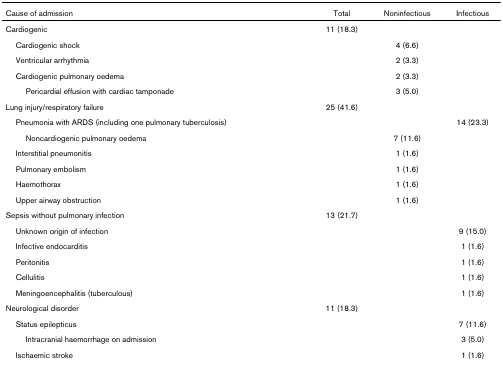
<table><thead><tr><td><b>Cause of admission</b></td><td><b>Total</b></td><td><b>Noninfectious</b></td><td><b>Infectious</b></td></tr></thead><tbody><tr><td>Cardiogenic</td><td>11 (18.3)</td><td></td><td></td></tr><tr><td> Cardiogenic shock</td><td></td><td>4 (6.6)</td><td></td></tr><tr><td> Ventricular arrhythmia</td><td></td><td>2 (3.3)</td><td></td></tr><tr><td> Cardiogenic pulmonary oedema</td><td></td><td>2 (3.3)</td><td></td></tr><tr><td>Pericardial effusion with cardiac tamponade</td><td></td><td>3 (5.0)</td><td></td></tr><tr><td>Lung injury/respiratory failure</td><td>25 (41.6)</td><td></td><td></td></tr><tr><td> Pneumonia with ARDS (including one pulmonary tuberculosis)</td><td></td><td></td><td>14 (23.3)</td></tr><tr><td>Noncardiogenic pulmonary oedema</td><td></td><td>7 (11.6)</td><td></td></tr><tr><td> Interstitial pneumonitis</td><td></td><td>1 (1.6)</td><td></td></tr><tr><td> Pulmonary embolism</td><td></td><td>1 (1.6)</td><td></td></tr><tr><td> Haemothorax</td><td></td><td>1 (1.6)</td><td></td></tr><tr><td> Upper airway obstruction</td><td></td><td>1 (1.6)</td><td></td></tr><tr><td>Sepsis without pulmonary infection</td><td>13 (21.7)</td><td></td><td></td></tr><tr><td> Unknown origin of infection</td><td></td><td></td><td>9 (15.0)</td></tr><tr><td> Infective endocarditis</td><td></td><td></td><td>1 (1.6)</td></tr><tr><td> Peritonitis</td><td></td><td></td><td>1 (1.6)</td></tr><tr><td> Cellulitis</td><td></td><td></td><td>1 (1.6)</td></tr><tr><td> Meningoencephalitis (tuberculous)</td><td></td><td></td><td>1 (1.6)</td></tr><tr><td>Neurological disorder</td><td>11 (18.3)</td><td></td><td></td></tr><tr><td> Status epilepticus</td><td></td><td></td><td>7 (11.6)</td></tr><tr><td>Intracranial haemorrhage on admission</td><td></td><td></td><td>3 (5.0)</td></tr><tr><td> Ischaemic stroke</td><td></td><td></td><td>1 (1.6)</td></tr></tbody></table>